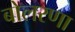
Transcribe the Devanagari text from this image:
बोलरणा